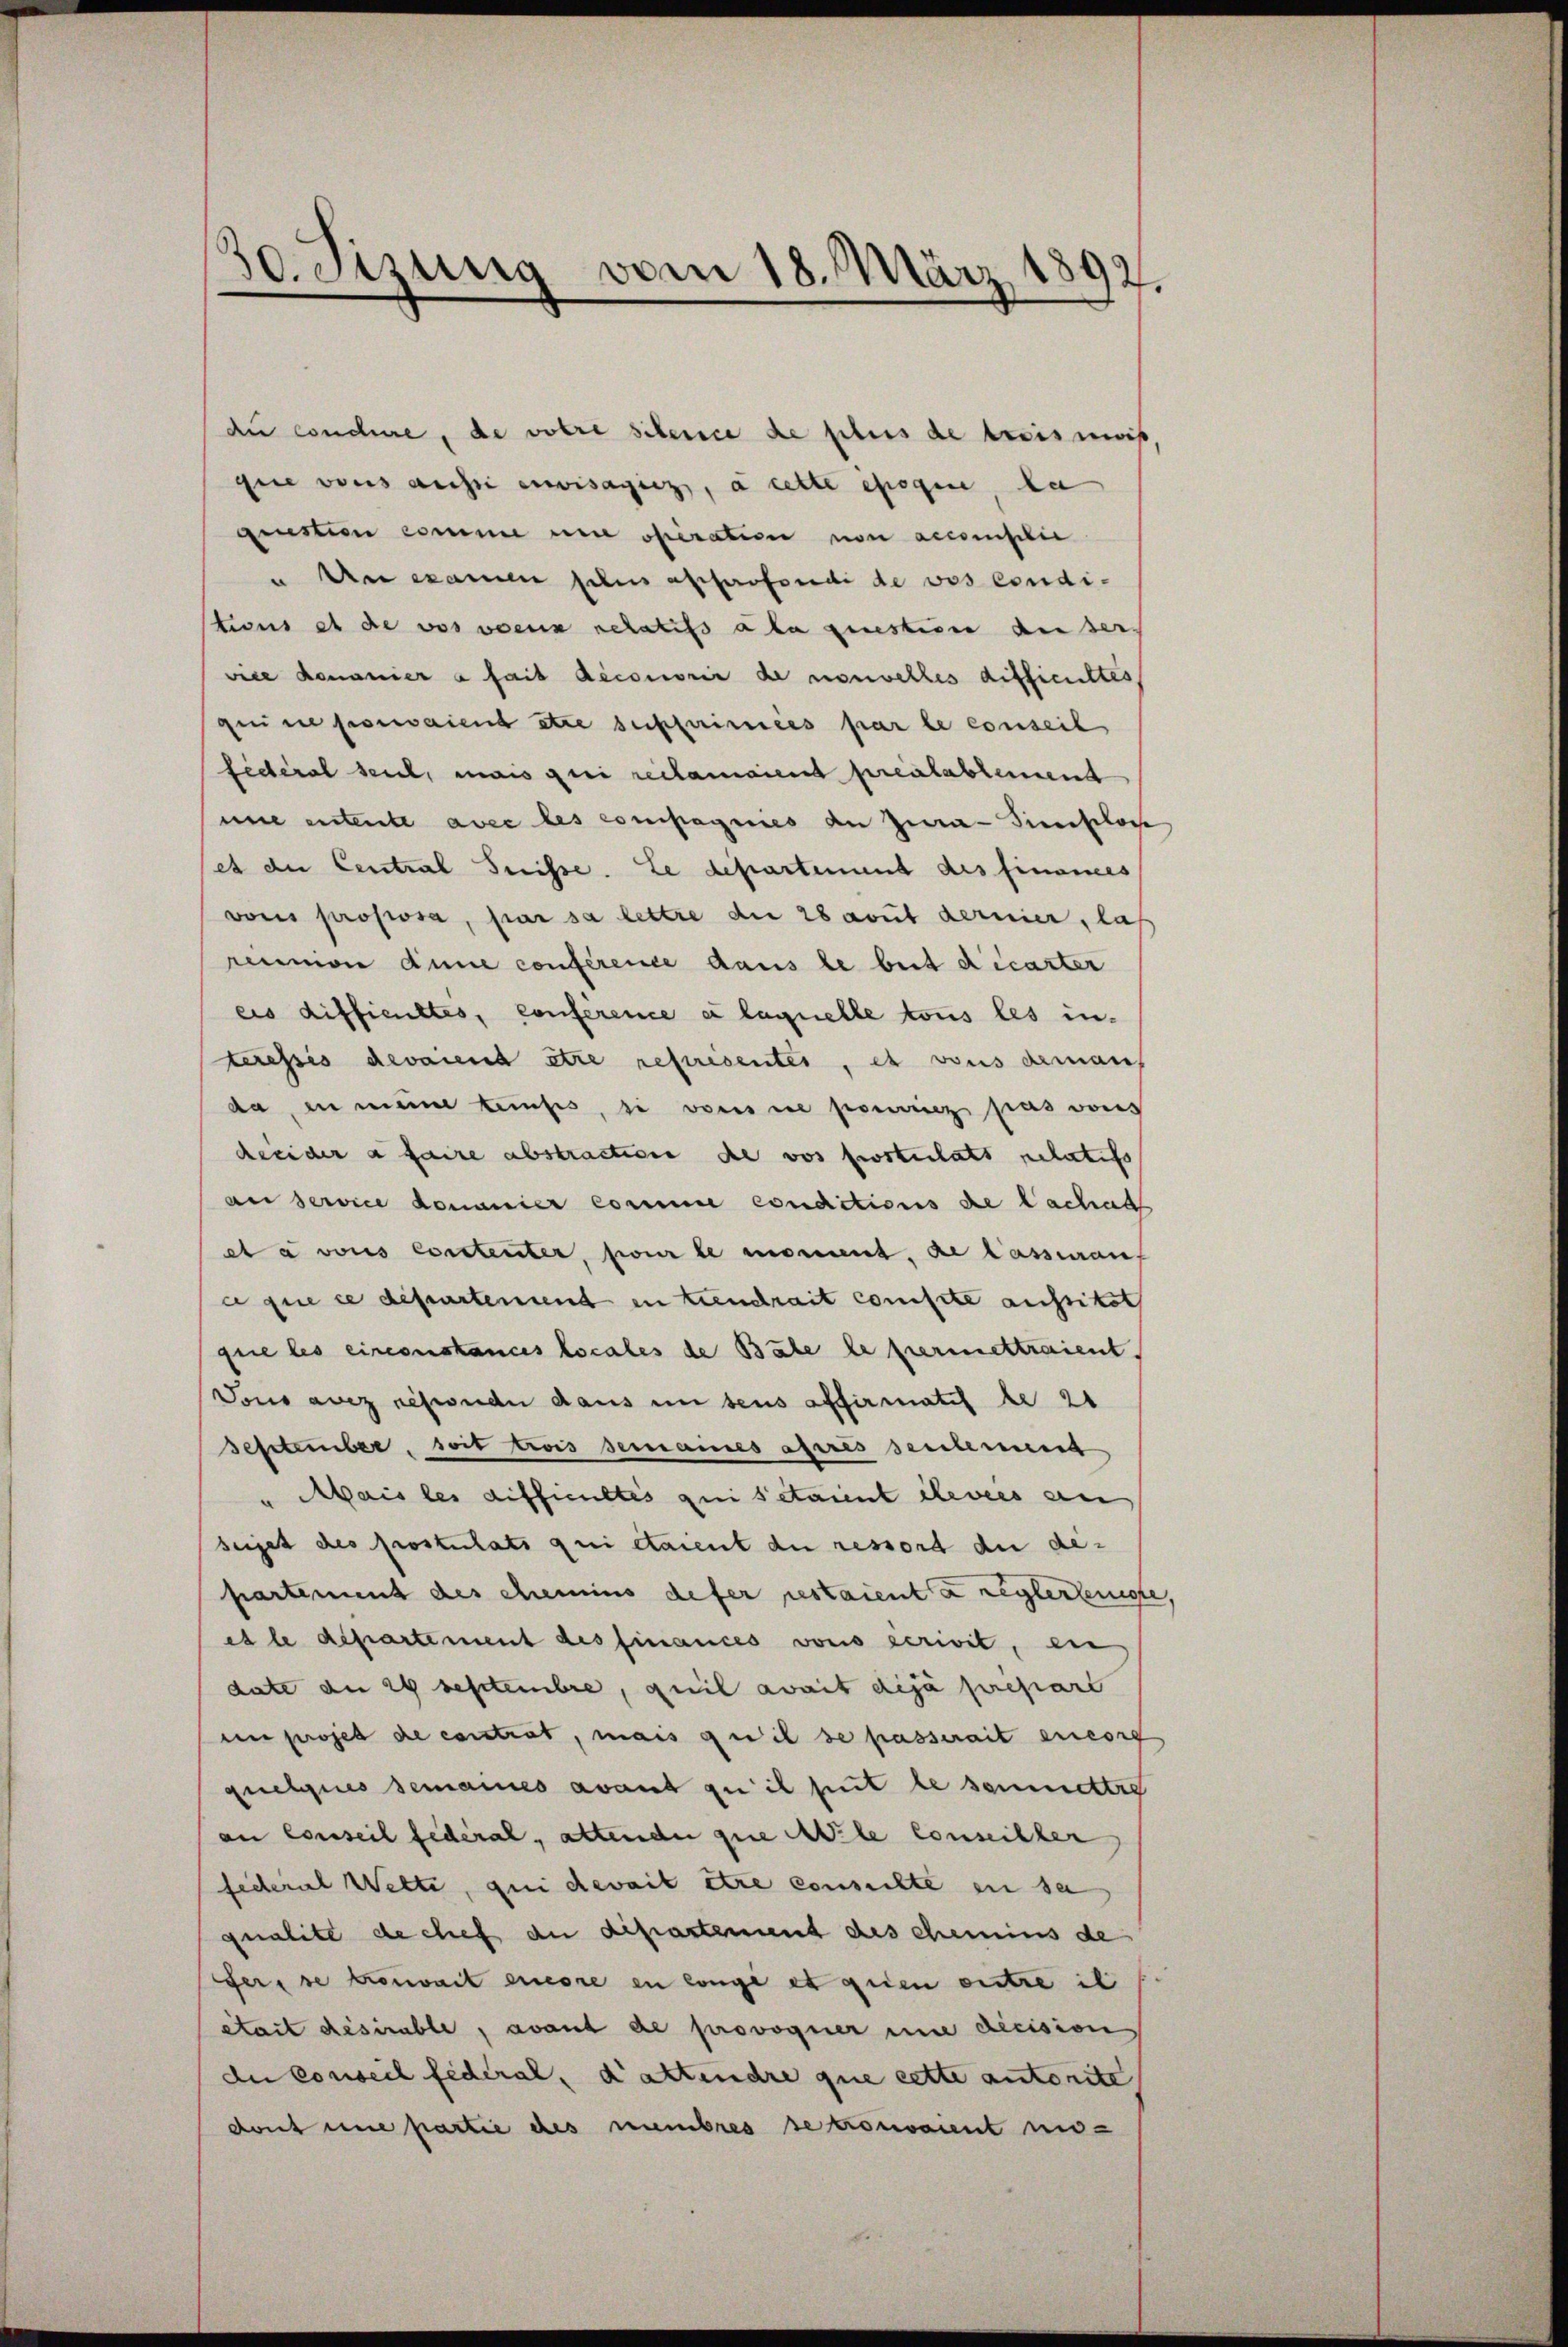
du conchere, de votre silence de plus de trois mois
gie vons auche envisagies, à cette époque, da
question comme und operation von accomplic
u. An examen selin apparfondi de vos conditions et die vor wenn relatis a la questien an dervice donanier à fait deconorie de nouvelles difficieltes
qui ne poraient etwa sepferimées par le conseil
fédéral seit, mais qui reclamaient preizlablemend
une entente avec les compagnies de Jura-Sieeslose
et die Central Suisse. Le departement des Finances
vonis propiosa, par sa lettre die 28 avut dernier, la
rennion dene conférence dans le beit dicarter
eis difficultes, conférence à laquelle tous les interessis devaient être referientes, es vons deman
da, in meine teufes, si von ne point pas vons
deeider a faire abstractione de vor postulats relatio
an service domanier comme conditions de lachat
et a vons Constenter, pour le moment, de lassian
a que ce departement in treuchait conste aussiket
que les circonstances locales de Bale le permettraient.
dono avez resonde dans in sens offirmatis le 21
September, soit trois semaines astres seulement
" Mais les difficultés qui sitaient ilevées an
seiget des Prostulats qui étaient du ressort du dipartement des chemins defer restaient à reglertenisse,
es le département des finances vons écrivil, ein
date an 29 Septembre, quil avait dija prepart
en projet de constrat, mais qu’il se passerait eneig
quelques demannes avant qu’il put le soumettre
an Conseil fédéral, altender que le conseiller
federal Welti, qui devait être conseilte in sa
qualite de chef an departement des chemins de
fers se trouvait encore en einge et quien outre is
était desirable, avant de provoquer und decision
du Conseil fédéral, d’attendre que cette autorite
dont une partie des membres se trouvaient un-

30. Sizung vom 18. März 1892.